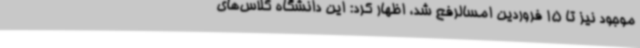
موجود نیز تا 15 فروردین امسالرفع شد، اظهار کرد: این دانشگاه کلاس‌های